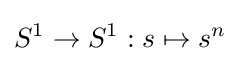
S^{1}\to S^{1}:s\mapsto s^{n}